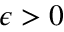
\epsilon > 0